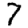
Digit: 7